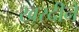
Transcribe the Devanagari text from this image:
खरदीने